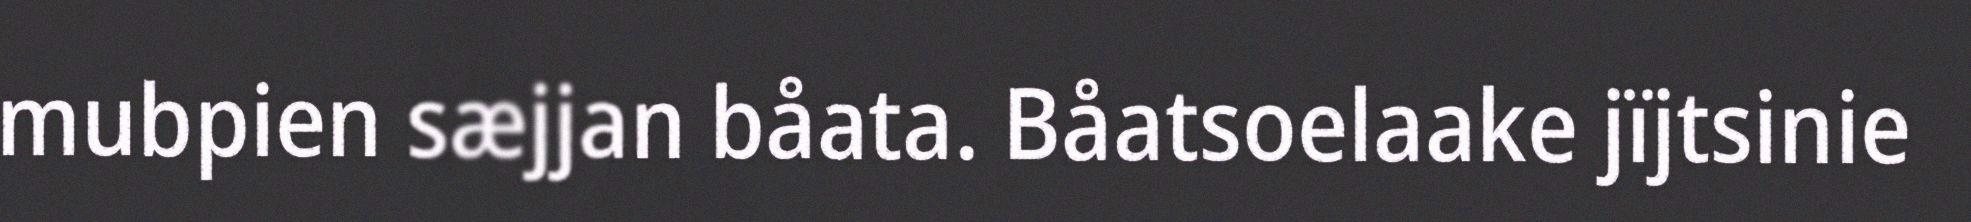
mubpien sæjjan båata. Båatsoelaake jïjtsinie